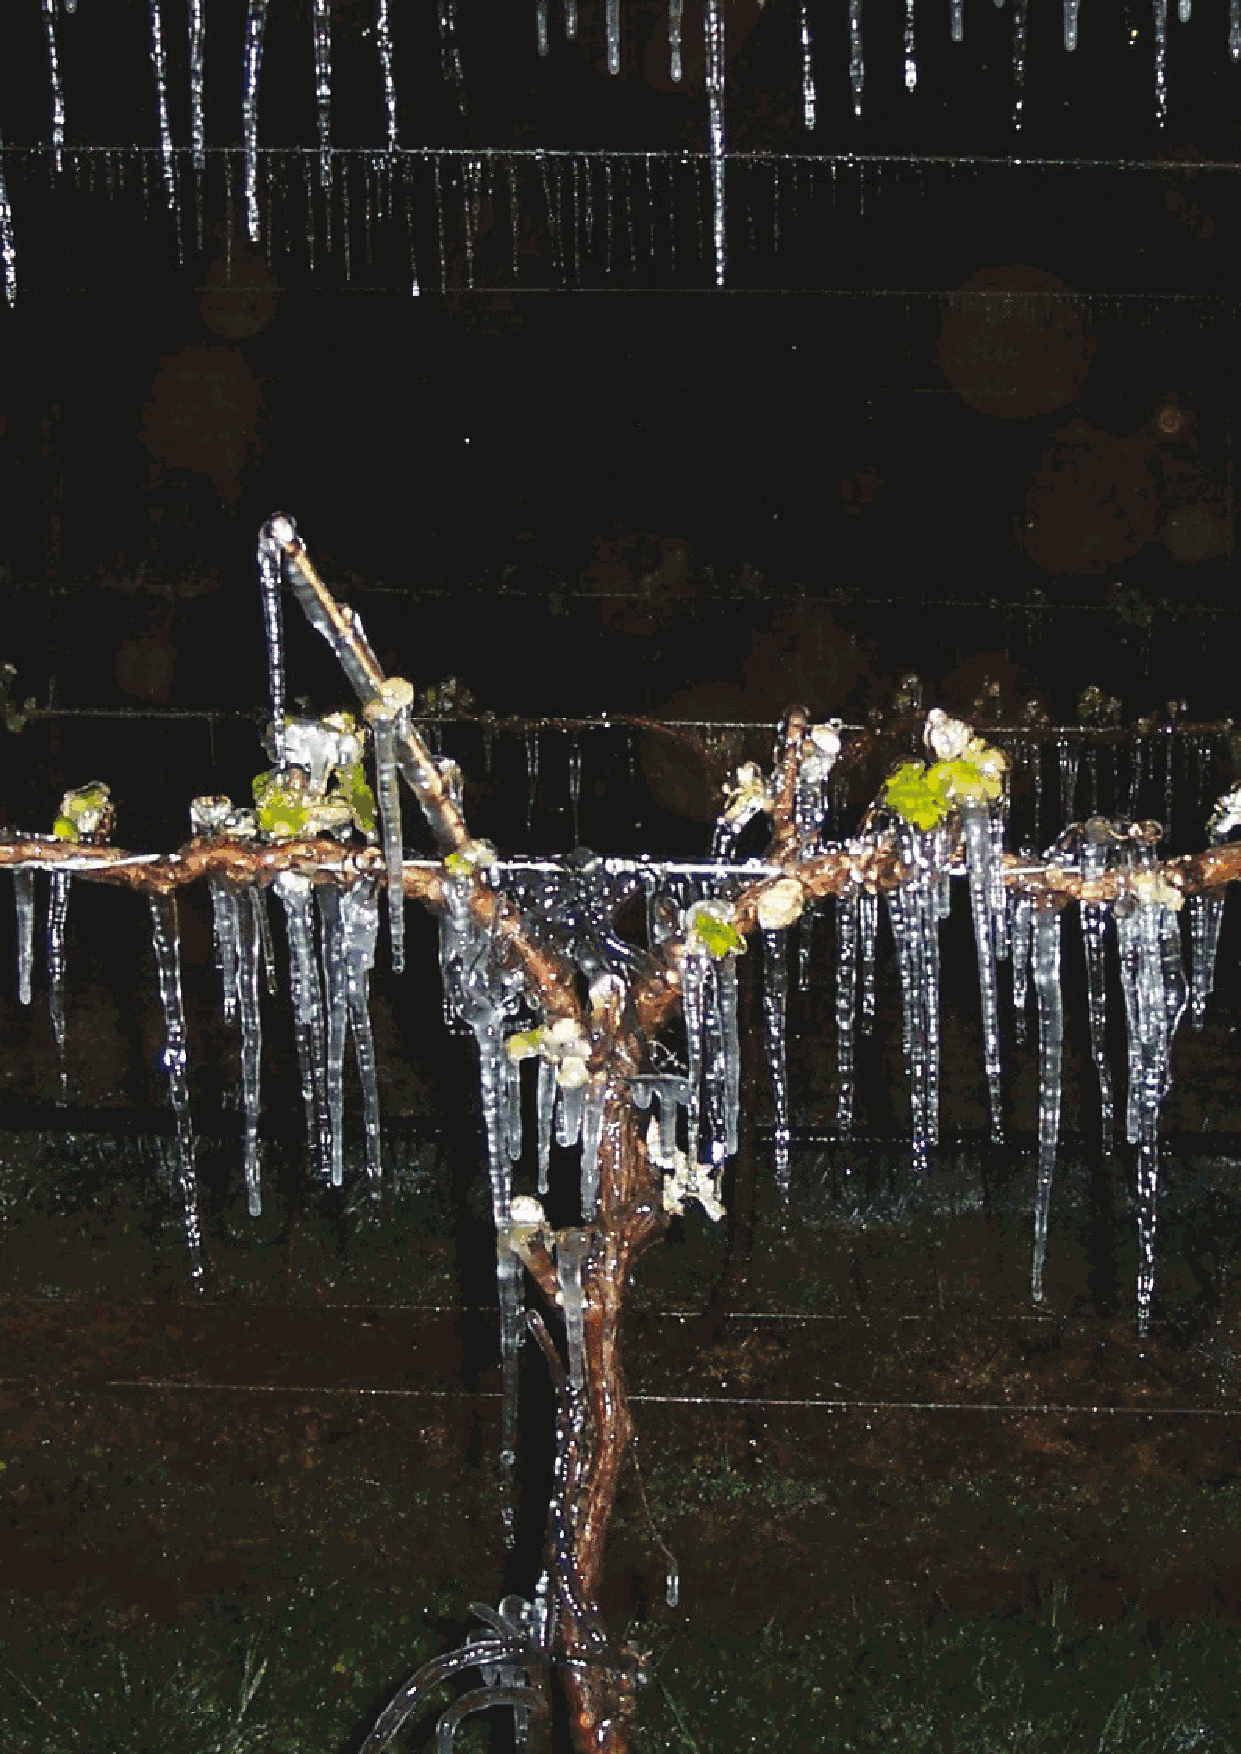
Missing catalog numbers available upon request.
 Background color defines the code color of the respective swivel. All assembly stands include 4*6.5 mm black SPE micro-tube.
 Other stand combinations can be ordered based on the attached flowchart which can help determine the desired product requirement.
 SPRINKLERS 2019 V1.0           STRIPNE T™ PRO                      33